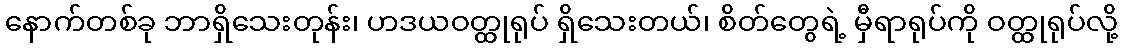
နောက်တစ်ခု ဘာရှိသေးတုန်း၊ ဟဒယဝတ္ထုရုပ် ရှိသေးတယ်၊ စိတ်တွေရဲ့ မှီရာရုပ်ကို ဝတ္ထုရုပ်လို့